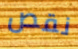
نقص